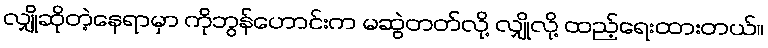
လျှိုဆိုတဲ့နေရာမှာ ကိုဘွန်ဟောင်းက မဆွဲတတ်လို့ လျှိုလို့ ထည့်ရေးထားတယ်။